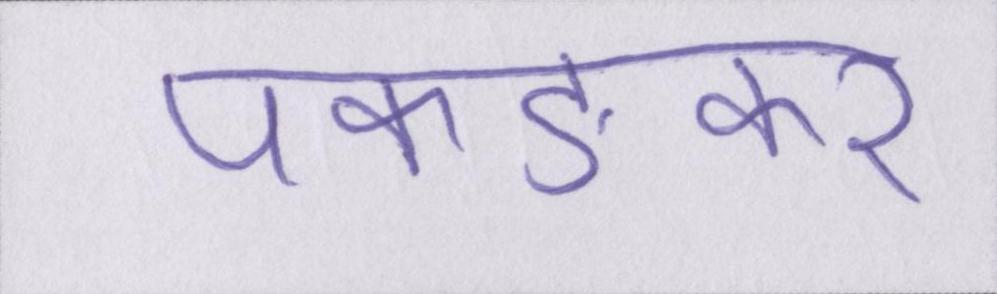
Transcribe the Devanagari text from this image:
पकङकर